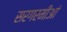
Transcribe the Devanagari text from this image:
सरगरमीआं